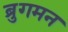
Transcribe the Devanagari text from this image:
ब्रुगमन